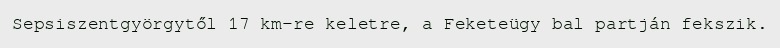
Sepsiszentgyörgytől 17 km-re keletre, a Feketeügy bal partján fekszik.